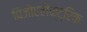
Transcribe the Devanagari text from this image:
पिजोएलेक्ट्रिक